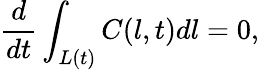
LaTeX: \frac{d}{dt}\int_{L(t)}{C(l,t)dl}=0,